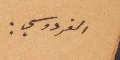
الفردوسي: